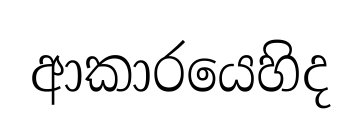
ආකාරයෙහිද